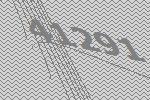
41291